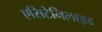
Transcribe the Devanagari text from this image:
एसिटेनिलाइड